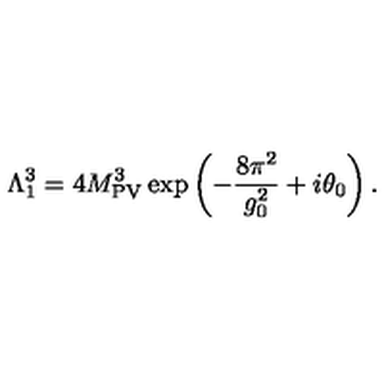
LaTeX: \Lambda _ { 1 } ^ { 3 } = 4 M _ { \mathrm { P V } } ^ { 3 } \exp \left( - \frac { 8 \pi ^ { 2 } } { g _ { 0 } ^ { 2 } } + i \theta _ { 0 } \right) .